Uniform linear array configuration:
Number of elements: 24
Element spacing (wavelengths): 0.25
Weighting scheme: hann
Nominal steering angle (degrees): -30
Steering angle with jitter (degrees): -30.408
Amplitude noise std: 0.05
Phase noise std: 0.05

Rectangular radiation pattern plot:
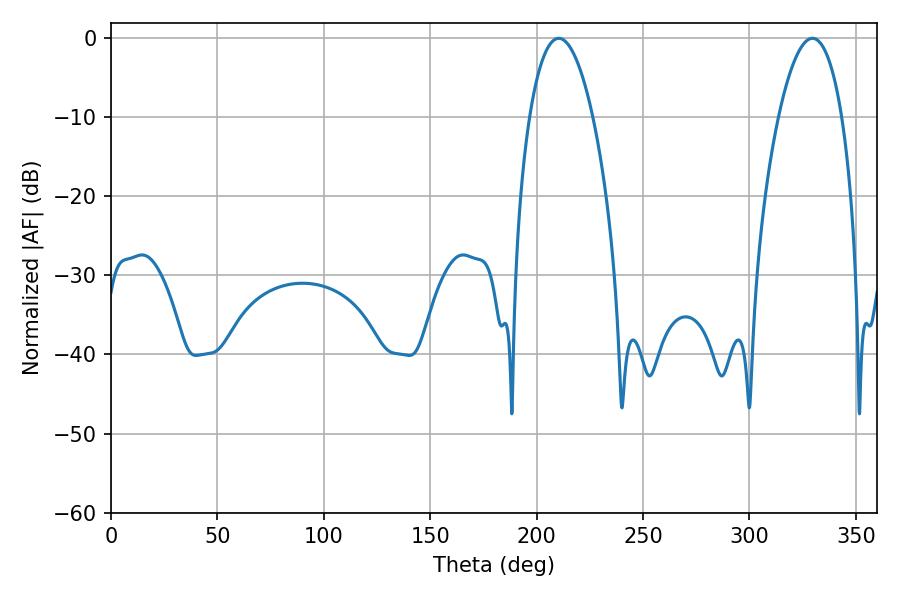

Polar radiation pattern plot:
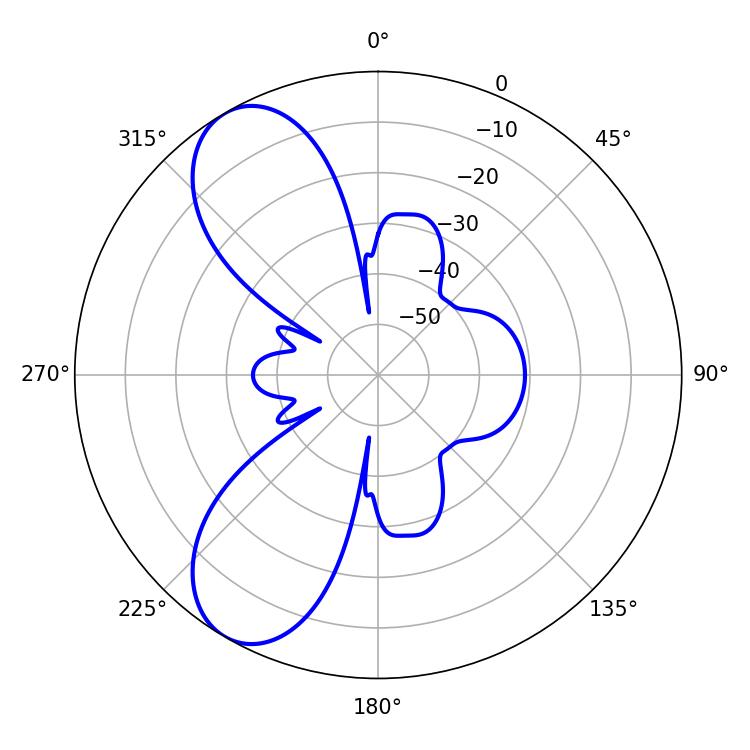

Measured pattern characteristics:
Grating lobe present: FALSE
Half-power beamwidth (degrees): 16.56
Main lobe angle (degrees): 210.42